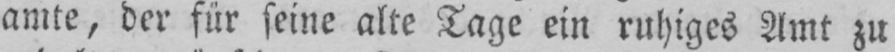
amte, der für seine alte Tage ein ruhiges Amt zu